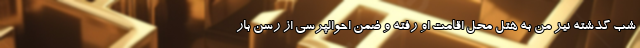
شب گذشته نیز من به هتل محل اقامت او رفته و ضمن احوالپرسی از رسن بار